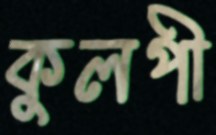
কুলপী